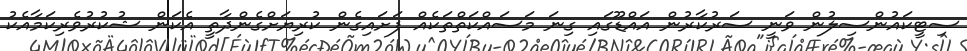
ސިޓީކައުންސިލުން ވަނީ ސަރުކާރުން އައްޑޫގައި ގިނަ މަސައްކަތްތަކެއް ފަށައިގެން ކުރިޔަށްގެންދާތީ އެކަން ޝުކުރުވެރިކަމާއެކު